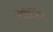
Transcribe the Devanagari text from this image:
स्पीनिंग